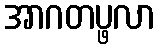
အာဂတပ္ဖလာ